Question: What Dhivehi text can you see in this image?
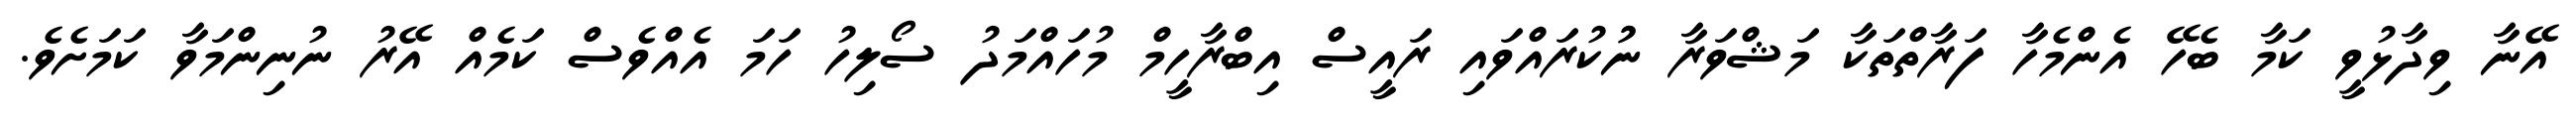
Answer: އޭނާ ވިދާޅުވީ ކަމާ ބެހޭ އެންމެހާ ފަރާތްތަކާ މަޝްވަރާ ނުުކުރައްވައި ރައީސް އިބްރާހީމް މުހައްމަދު ސޯލިހު ހަމަ އެއްވެސް ކަމެއް އޭރު ނުނިންމަވާ ކަމަށެވެ.